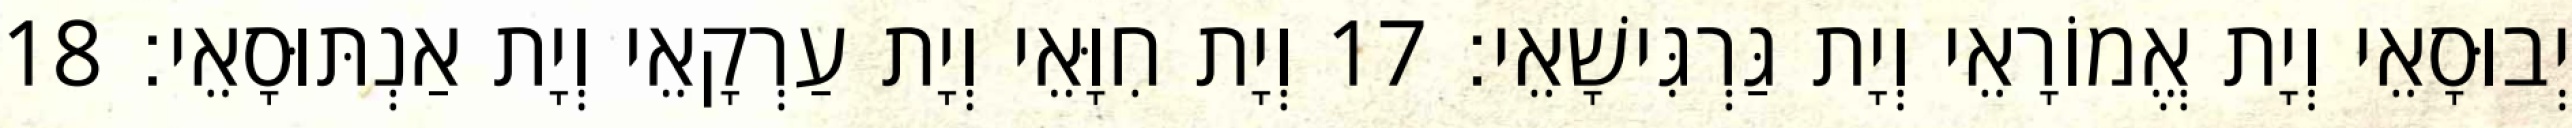
יְבוּסָאֵי וְיָת אֱמוֹרָאֵי וְיָת גַּרְגִּישָׁאֵי׃ 17 וְיָת חִוָּאֵי וְיָת עַרְקָאֵי וְיָת אַנְתּוּסָאֵי׃ 18